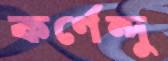
কর্ণেন্দু